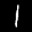
Label: 1